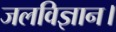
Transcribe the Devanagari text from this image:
जलविज्ञान।